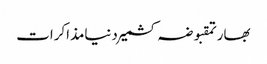
بھارتمقبوضہ کشمیردنیامذاکرات